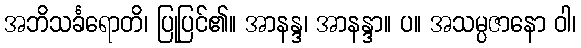
အဘိသင်္ခရောတိ၊ ပြုပြင်၏။ အာနန္ဒ၊ အာနန္ဒာ။ ပ။ အသမ္ပဇာနော ဝါ၊